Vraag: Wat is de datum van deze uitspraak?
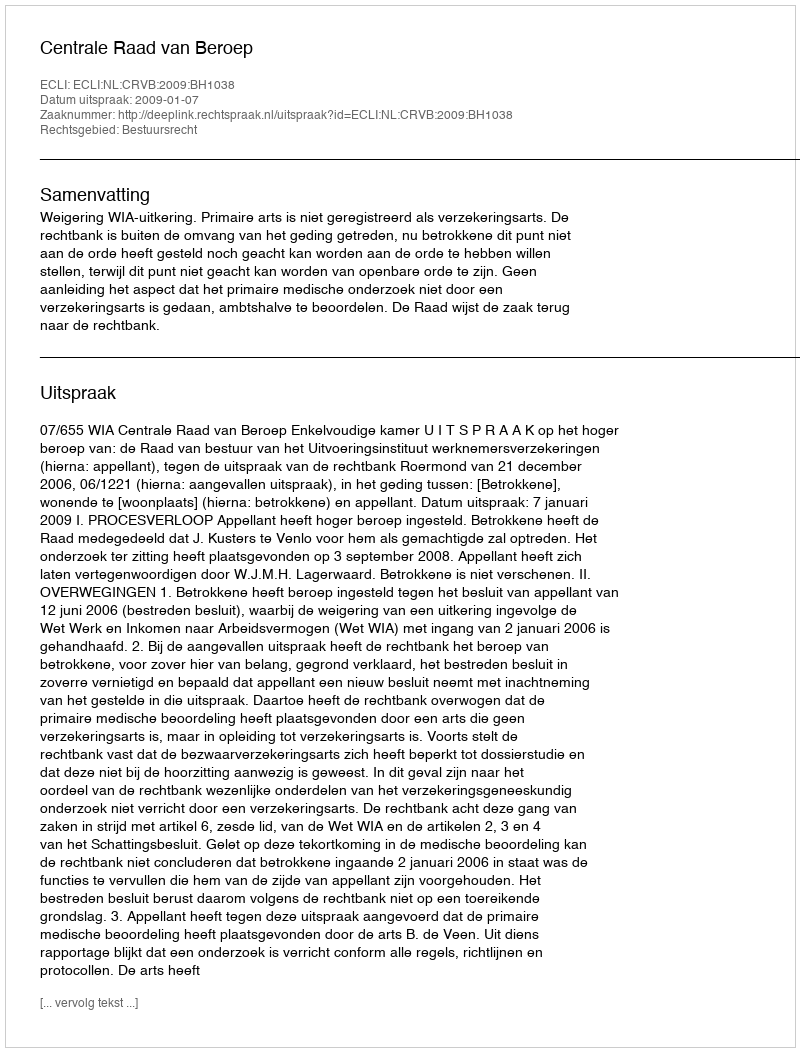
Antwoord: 2009-01-07